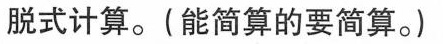
脱式计算。(能简算的要简算。)